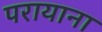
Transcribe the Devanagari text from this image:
परायाना